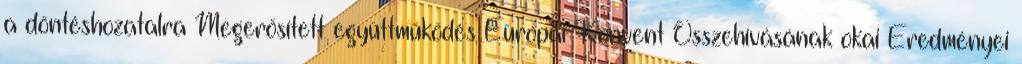
a döntéshozatalra Megerősített együttműködés Európai Konvent Összehívásának okai Eredményei